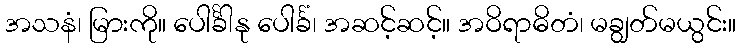
အသနံ၊ မြားကို။ ပေါင်္ခါနု ပေါင်္ခံ၊ အဆင့်ဆင့်။ အဝိရာဓိတံ၊ မချွတ်မယွင်း။